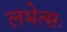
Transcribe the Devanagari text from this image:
लभेत्सः